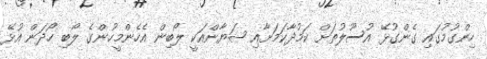
ހިންގުމުގައި ގެންގުޅޭ އުސޫލުތަށް ކަމުދާކަމަށާއި ޝަޔާންއަކީ ލޯބިން އެހެންމީހުންގެ ލޯބި ހޯދަން އުޅޭ